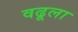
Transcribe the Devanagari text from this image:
वढूला